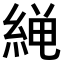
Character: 𫃨